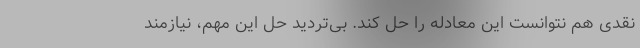
نقدی هم نتوانست این معادله را حل کند. بی‌تردید حل این مهم، نیازمند